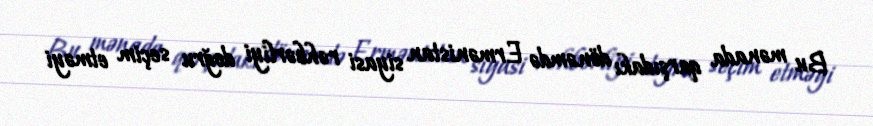
Bu mənada qarşıdakı dönəmdə Ermənistan siyasi rəhbərliyi doğru seçim etməyi